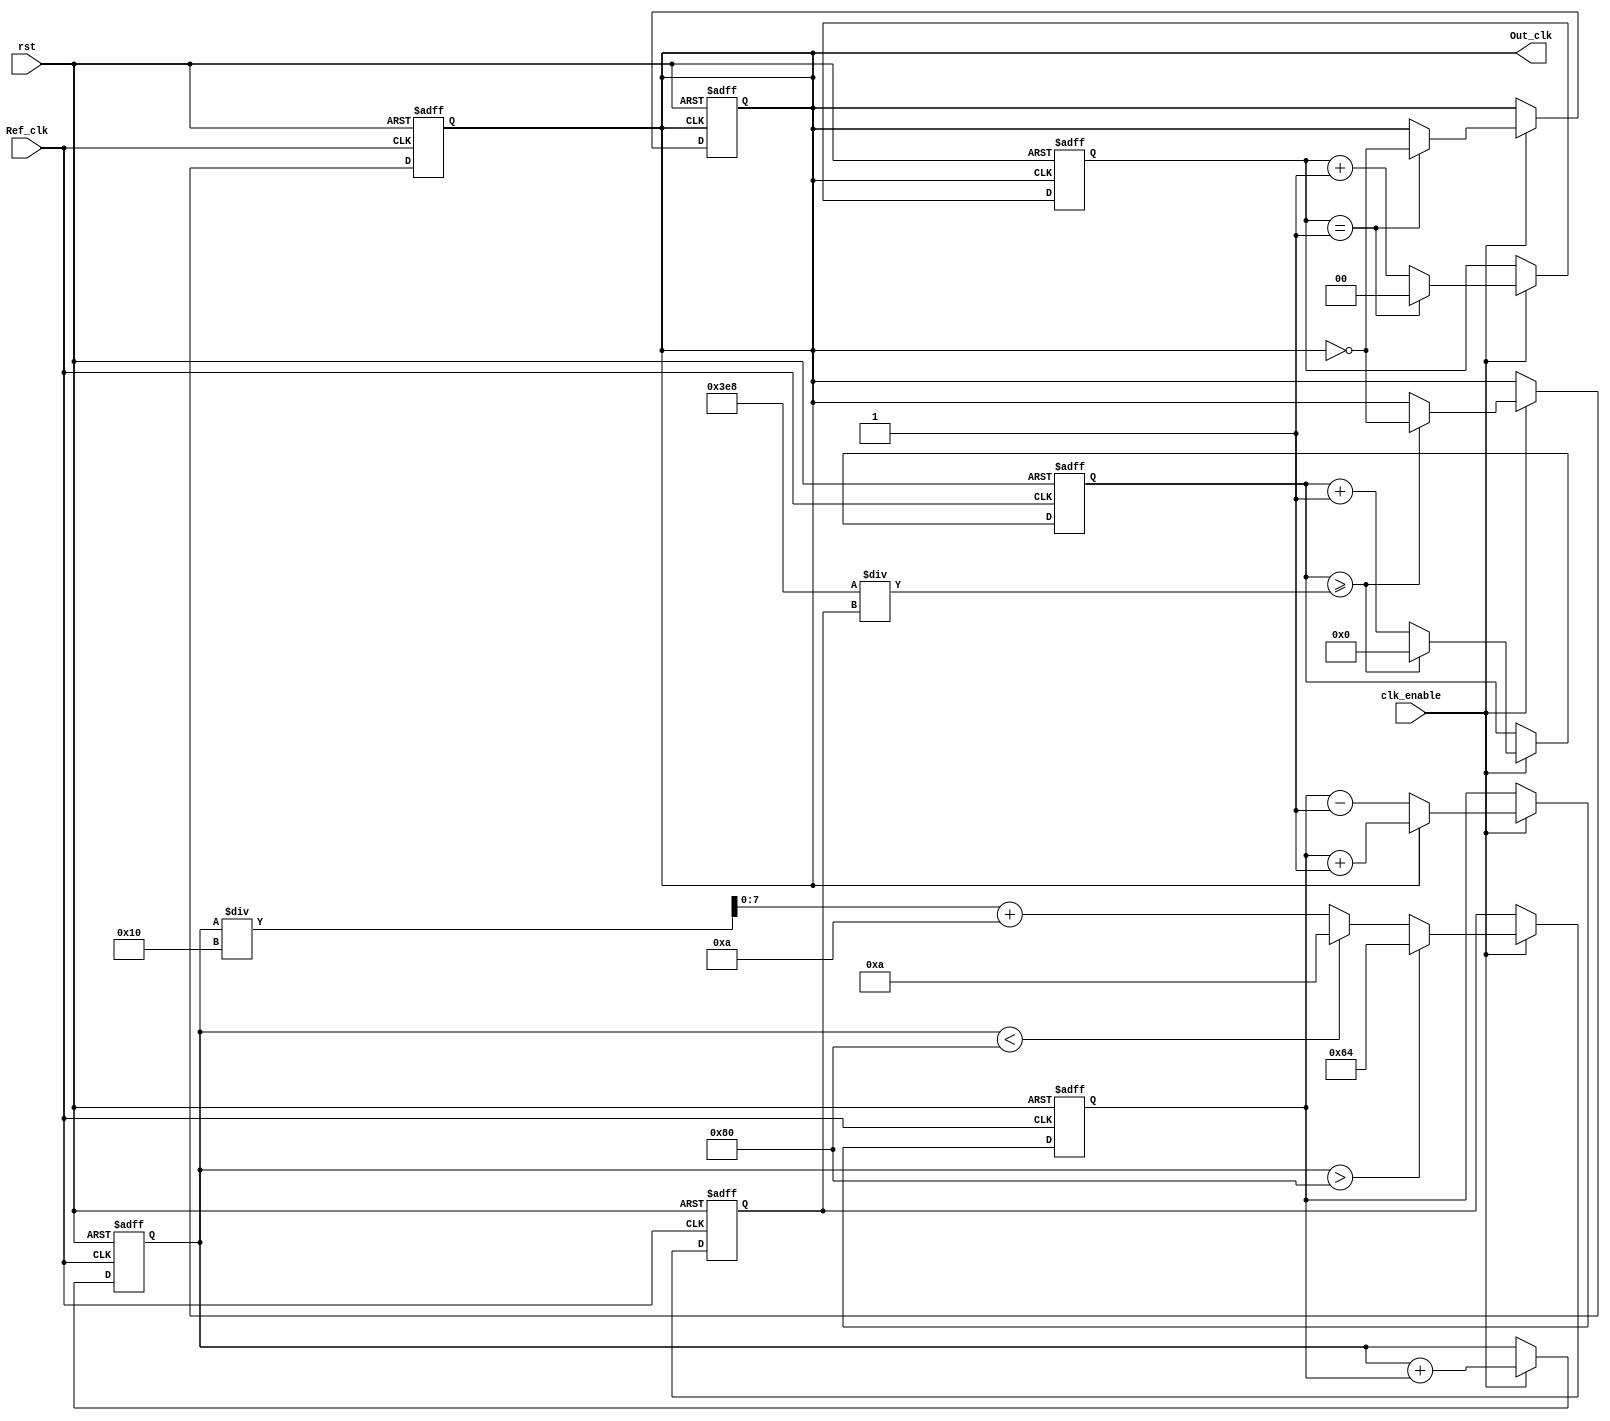
module pll (
    input wire Ref_clk,        // Reference clock input
    input wire rst,           // Reset signal
    input wire clk_enable,    // Enable signal for the PLL
    output reg Out_clk         // Output clock
);

// Parameters
parameter VCO_MAX_FREQ = 100; // Max frequency for VCO
parameter VCO_MIN_FREQ = 10;  // Min frequency for VCO
parameter DIV_FACTOR = 2;      // Divider factor for output clock

// Internal signals
reg [7:0] phase_error;         // Phase error signal
reg [7:0] control_voltage;      // Control voltage for VCO
reg [7:0] vco_freq;            // Frequency of VCO
reg [31:0] counter;            // Counter for VCO clock generation

// Phase Detector
always @(posedge Ref_clk or posedge rst) begin
    if (rst) begin
        phase_error <= 0;
    end else if (clk_enable) begin
        // Simple phase detector: compare edges of Ref_clk and Out_clk
        if (Out_clk) begin
            phase_error <= phase_error + 1; // Out_clk is leading
        end else begin
            phase_error <= phase_error - 1; // Ref_clk is leading
        end
    end
end

// Loop Filter (Simple Integrator)
always @(posedge Ref_clk or posedge rst) begin
    if (rst) begin
        control_voltage <= 0;
    end else if (clk_enable) begin
        control_voltage <= control_voltage + phase_error; // Integrate phase error
    end
end

// Voltage-Controlled Oscillator (VCO)
always @(posedge Ref_clk or posedge rst) begin
    if (rst) begin
        vco_freq <= VCO_MIN_FREQ; // Start at minimum frequency
        counter <= 0;
        Out_clk <= 0;
    end else if (clk_enable) begin
        // Adjust VCO frequency based on control voltage
        if (control_voltage > 128) begin
            vco_freq <= VCO_MAX_FREQ; // Max frequency
        end else if (control_voltage < 128) begin
            vco_freq <= VCO_MIN_FREQ; // Min frequency
        end else begin
            vco_freq <= (control_voltage / 16) + VCO_MIN_FREQ; // Scale control voltage
        end

        // Generate VCO clock based on vco_freq
        counter <= counter + 1;
        if (counter >= (1000 / vco_freq)) begin // Adjust based on your clock frequency
            Out_clk <= ~Out_clk; // Toggle output clock
            counter <= 0;
        end
    end
end

// Optional Output Divider
reg [1:0] div_counter; // 2-bit counter for division
always @(posedge Out_clk or posedge rst) begin
    if (rst) begin
        div_counter <= 0;
        Out_clk <= 0;
    end else if (clk_enable) begin
        if (div_counter == DIV_FACTOR - 1) begin
            Out_clk <= ~Out_clk; // Toggle output clock
            div_counter <= 0; // Reset counter
        end else begin
            div_counter <= div_counter + 1; // Increment counter
        end
    end
end

endmodule